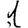
Digit: 1